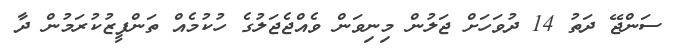
ސަންޖޭ ދަތު 14 ދުވަހަށް ޖަލުން މިނިވަން ވެއްޖެޖަލުގެ ހުކުމެއް ތަންފީޒުކުރަމުން ދާ